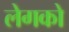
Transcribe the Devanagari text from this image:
लेगको